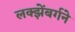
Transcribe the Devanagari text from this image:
लक्झेंबर्गने